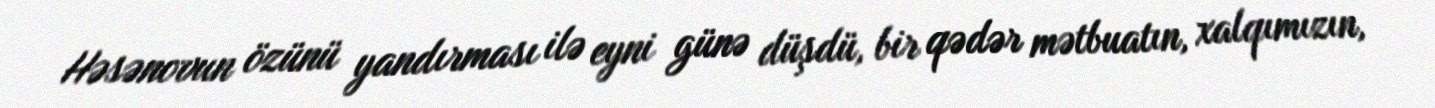
Həsənovun özünü yandırması ilə eyni günə düşdü, bir qədər mətbuatın, xalqımızın,